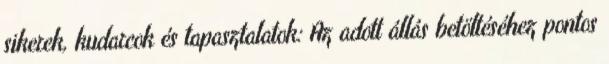
sikerek, kudarcok és tapasztalatok: Az adott állás betöltéséhez pontos